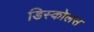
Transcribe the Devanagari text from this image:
डिस्कोलस